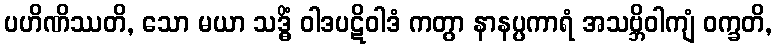
ပဟိဏိဿတိ, သော မယာ သဒ္ဓိံ ဝါဒပဋိဝါဒံ ကတွာ နာနပ္ပကာရံ အသဗ္ဘိဝါကျံ ဝက္ခတိ,